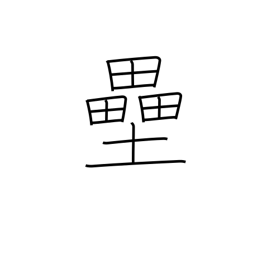
Meaning: base(ball)